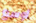
أوسع